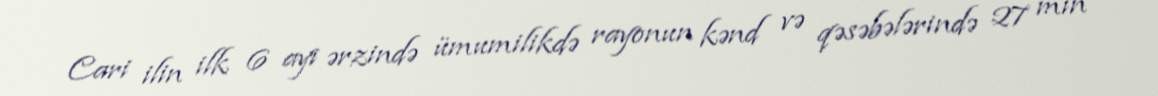
Cari ilin ilk 6 ayı ərzində ümumilikdə rayonun kənd və qəsəbələrində 27 min